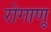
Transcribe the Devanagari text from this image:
रोगाणू